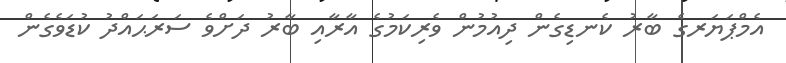
އެމްޕަޔަރގެ ބާރު ކެނޑިގެން ދިއުމުން ވެރިކަމުގެ އާރާއި ބާރު ދަށްވެ ސަރަޙައްދު ކުޑަވެގެން